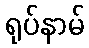
ရုပ်နာမ်